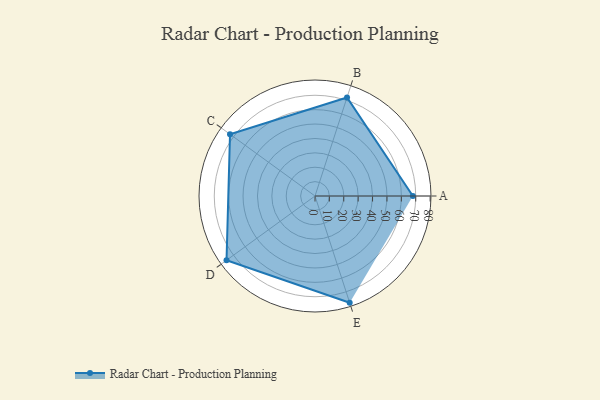
{"axis": {"x": "Skill", "y": "Score"}, "legend": ["Profile"], "data": [{"x": "A", "y": 68.0, "type": "Profile"}, {"x": "B", "y": 72.0, "type": "Profile"}, {"x": "C", "y": 73.0, "type": "Profile"}, {"x": "D", "y": 76.0, "type": "Profile"}, {"x": "E", "y": 78.0, "type": "Profile"}]}